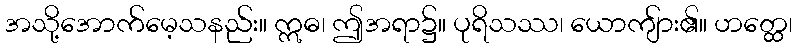
အသို့အောက်မေ့သနည်း။ ဣဓ၊ ဤအရာ၌။ ပုရိသဿ၊ ယောကျ်ား၏။ ဟတ္ထေ၊